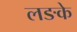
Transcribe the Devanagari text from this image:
लङके